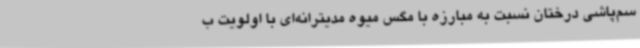
سم‌پاشی درختان نسبت به مبارزه با مگس میوه مدیترانه‌ای با اولویت ب